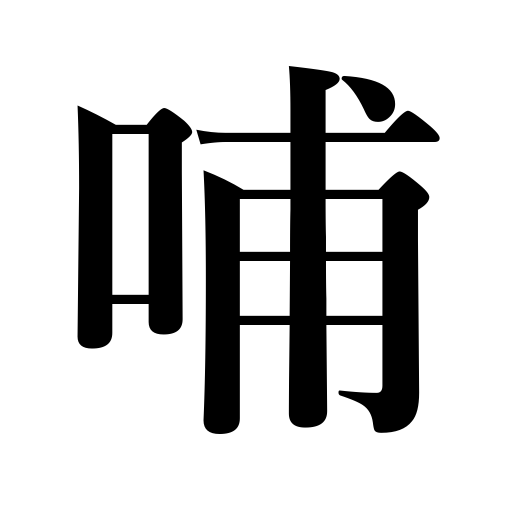
Meanings: taking in the mouth